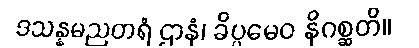
ဒသန္နမညတရံ ဌာနံ၊ ခိပ္ပမေဝ နိဂစ္ဆတိ။